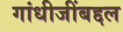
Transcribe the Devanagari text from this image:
गांधीजींबद्दल